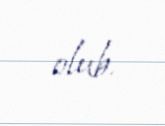
olub.